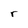
Character: r